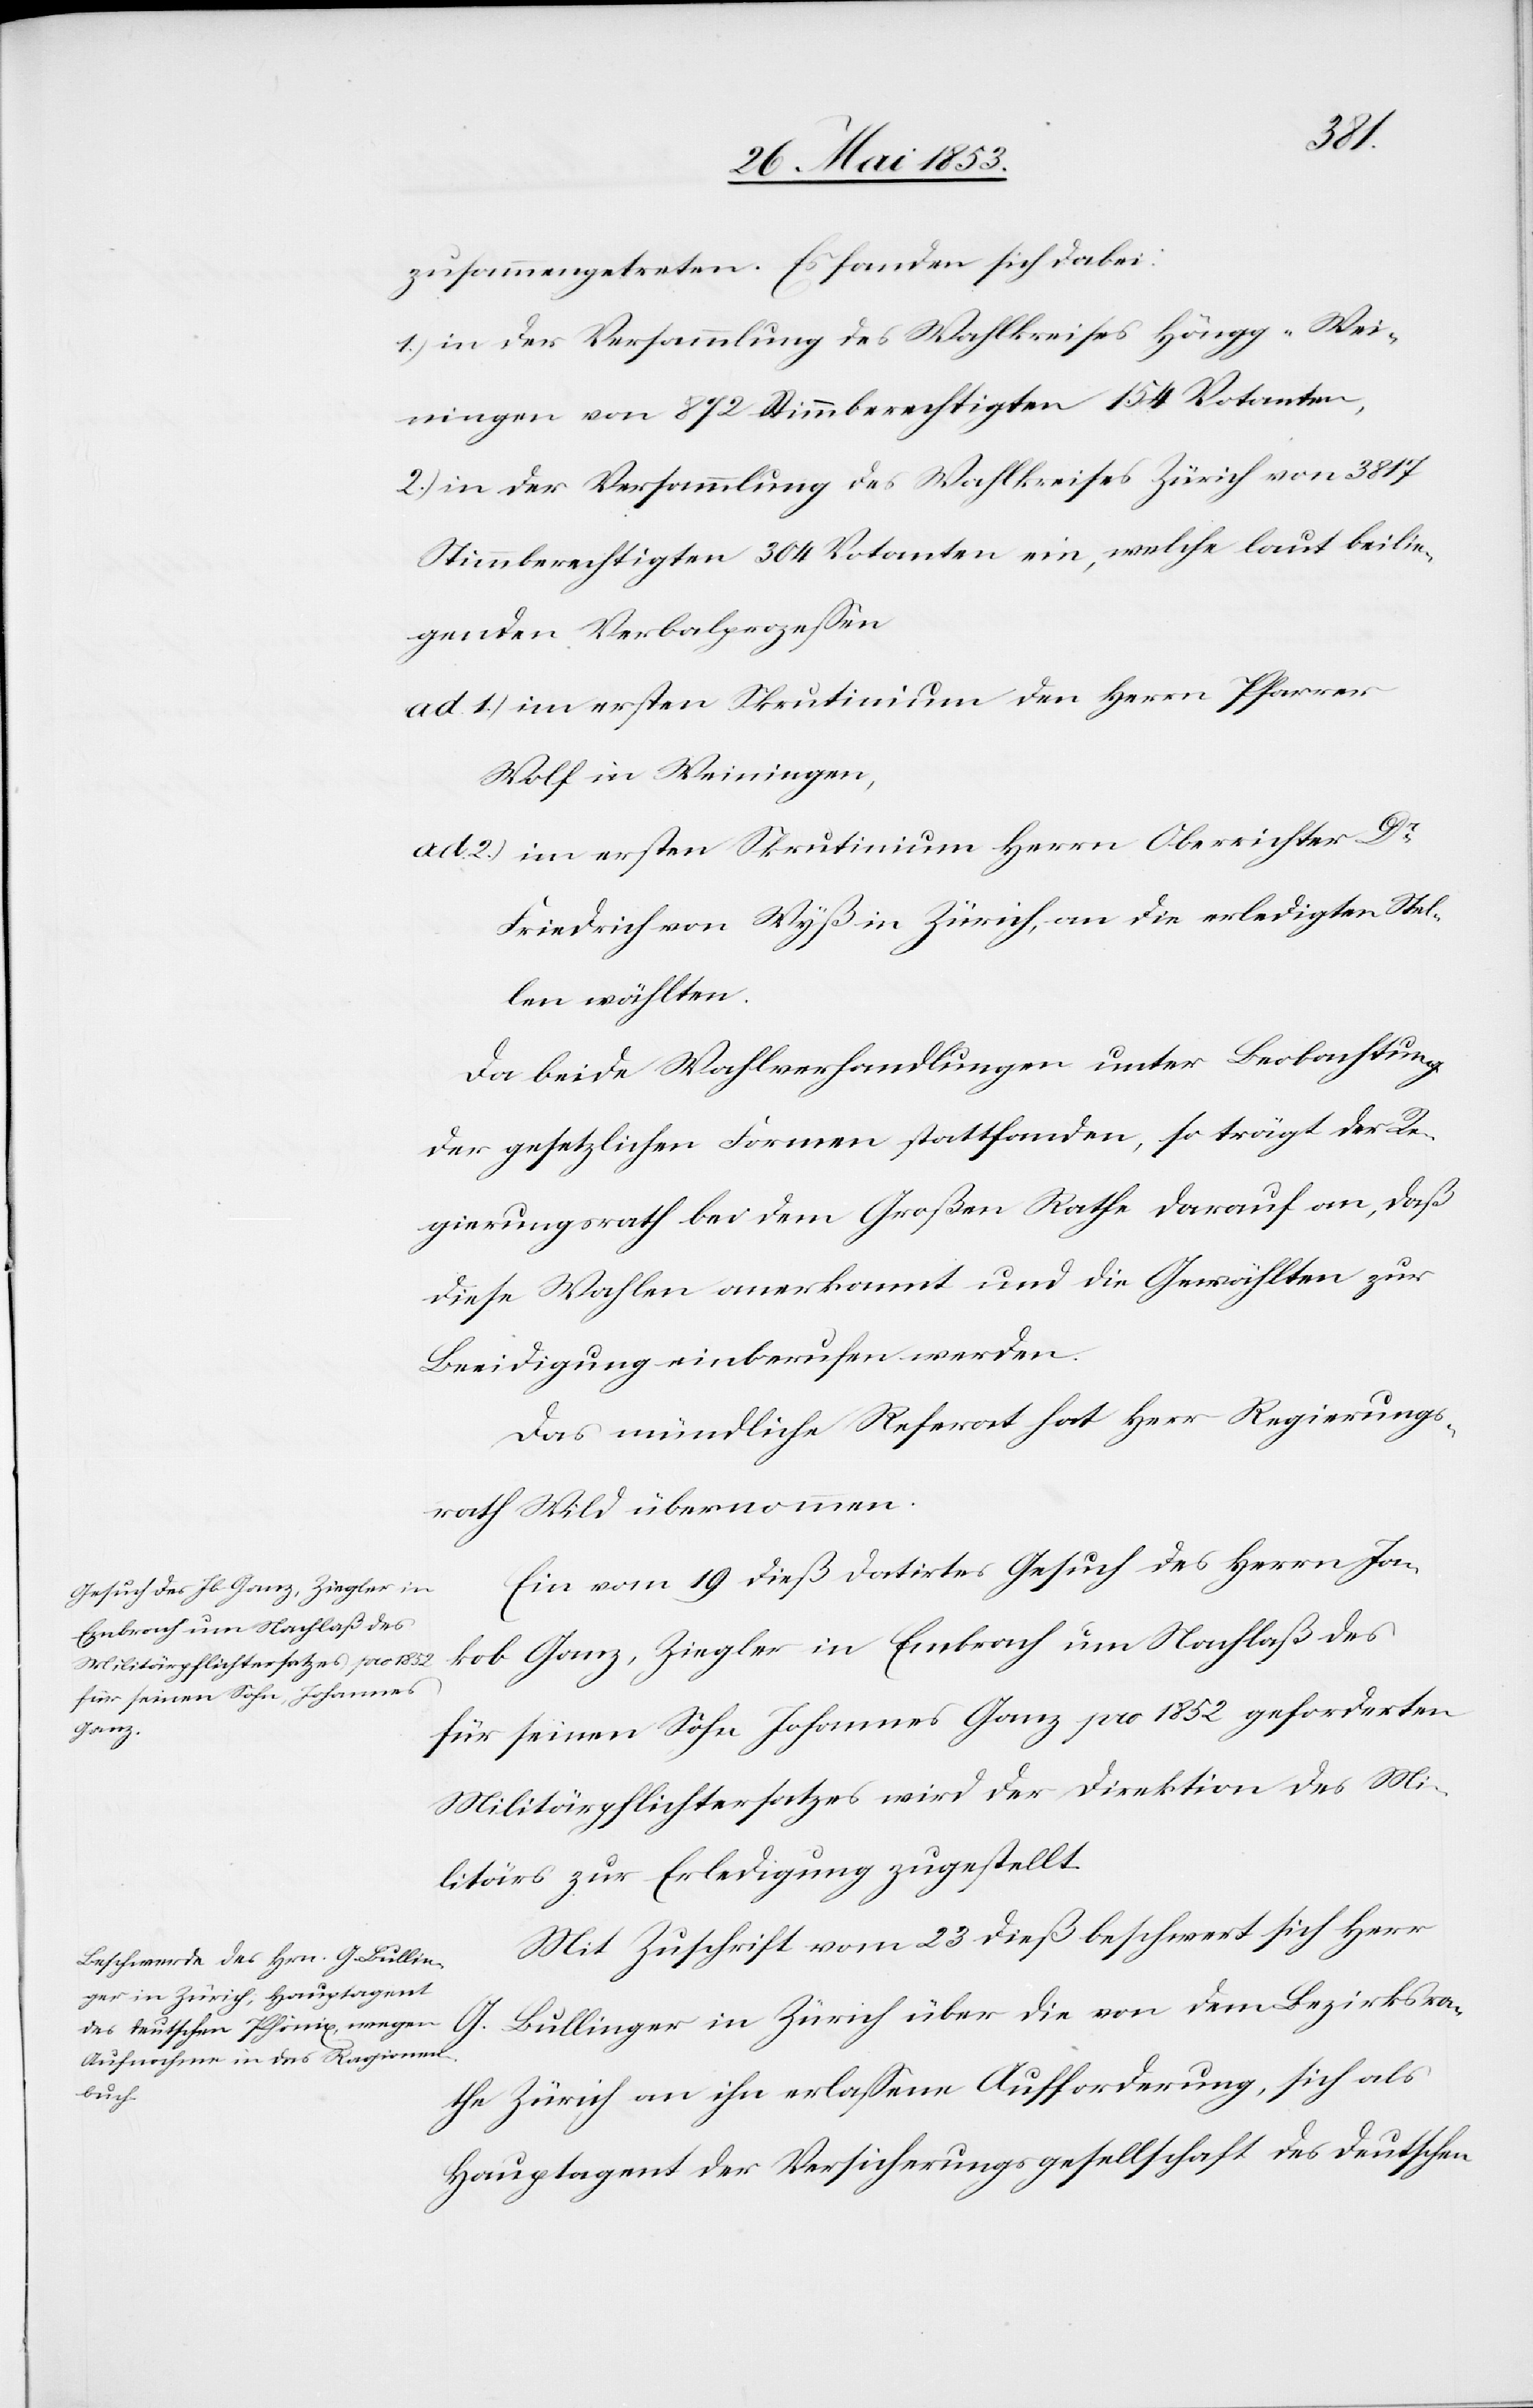
zusammengetreten. Es fanden sich dabei:
1.) in der Versammlung des Wahlkreises Höngg-Wei¬
ningen von 872 Stimmberechtigten 154 Votanten.
2.) in der Versammlung des Wahlkreises Zürich von 3817
Stimmberechtigten 304 Votanten ein, welche laut beilie¬
genden Verbalprozeßen
ad 1.) im ersten Skrutinium den Herrn Pfarrer
Wolf in Weiningen,
ad 2.) im ersten Skrutinium Herrn Oberrichter Dr.
Friedrich von Wyß in Zürich, an die erledigten Stel¬
len wählten.
Da beide Wahlverhandlungen unter Beobachtung
der gesetzlichen Formen stattfanden, so trägt der Re¬
gierungsrath bei dem Großen Rathe darauf an, daß
diese Wahlen anerkannt und die Gewählten zur
Beeidigung einberufen werden.
Das mündliche Referat hat Herr Regierungs¬
rath Wild übernommen.
Ein vom 19 dieß datirtes Gesuch des Herrn Ja¬
kob Ganz, Ziegler in Embrach um Nachlaß des
für seinen Sohn Johannes Ganz pro 1852 geforderten
Militärpflichtersatzes wird der Direktion des Mi¬
litärs zur Erledigung zugestellt.
Mit Zuschrift vom 23 dieß beschwert sich Herr
G. Bullinger in Zürich über die von dem Bezirksra¬
the Zürich an ihn erlaßene Aufforderung, sich als
Hauptagent der Versicherungsgesellschaft des deutschen